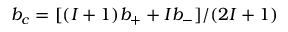
b _ { c } = { [ ( I + 1 ) b _ { + } + I b _ { - } ] } / { ( 2 I + 1 ) }